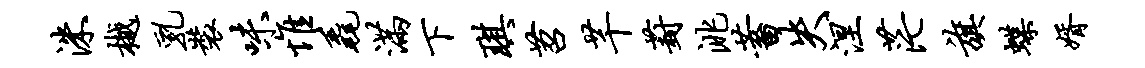
洙樾乳装味惟毳满下琪苕芊葑洮蓄失涅茫旗蝶婿